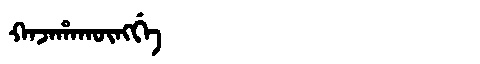
Manchu: ᡴᠠᠵᠠᡥᠠᡴᡡᠩᡤᡝ
Romanization: KAJAHAKŪNGGE